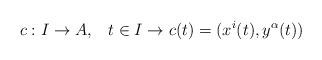
LaTeX: \begin{align*}c: I \to A, \; \; \; t \in I \to c(t) = (x^{i}(t), y^{\alpha}(t))\end{align*}